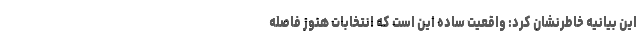
این بیانیه خاطرنشان کرد: واقعیت ساده این است که انتخابات هنوز فاصله